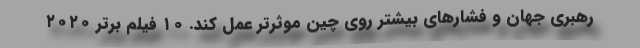
رهبری جهان و فشارهای بیشتر روی چین موثرتر عمل کند. ۱۰ فیلم برتر ۲۰۲۰